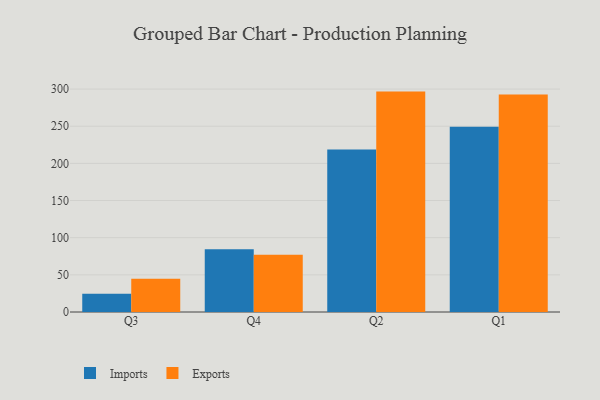
{"axis": {"x": "Quarter", "y": "Humidity (%)"}, "legend": ["Exports", "Imports"], "data": [{"x": "Q3", "y": 24.4, "type": "Imports"}, {"x": "Q3", "y": 44.9, "type": "Exports"}, {"x": "Q4", "y": 84.4, "type": "Imports"}, {"x": "Q4", "y": 76.9, "type": "Exports"}, {"x": "Q2", "y": 218.6, "type": "Imports"}, {"x": "Q2", "y": 296.6, "type": "Exports"}, {"x": "Q1", "y": 249.3, "type": "Imports"}, {"x": "Q1", "y": 292.8, "type": "Exports"}]}